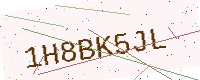
Text: 1H8BK5JL